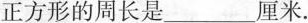
正方形的周长是___厘米。